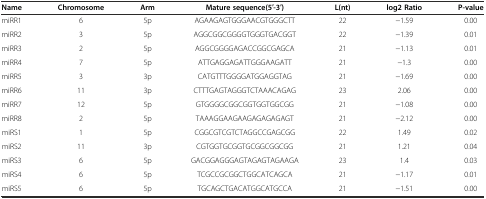
| Name | Chromosome | Arm | Mature sequence(5′-3′) | L(nt) | log2 Ratio | P-value |
 | --- | --- | --- | --- | --- | --- | --- |
 | miRR1 | 6 | 5p | AGAAGAGTGGGAACGTGGGCTT | 22 | -1.59 | 0.00 |
 | miRR2 | 3 | 5p | AGGCGGCGGGGTGGGTGACGGT | 22 | -1.39 | 0.01 |
 | miRR3 | 2 | 5p | AGGCGGGGAGACCGGCGAGCA | 21 | -1.13 | 0.01 |
 | miRR4 | 7 | 5p | ATTGAGGAGATTGGGAAGATT | 21 | -1.3 | 0.00 |
 | miRR5 | 3 | 3p | CATGTTTGGGGATGGAGGTAG | 21 | -1.69 | 0.00 |
 | miRR6 | 11 | 3p | CTTTGAGTAGGGTCTAAACAGAG | 23 | 2.06 | 0.00 |
 | miRR7 | 12 | 5p | GTGGGGCGGCGGTGGTGGCGG | 21 | -1.08 | 0.00 |
 | miRR8 | 2 | 5p | TAAAGGAAGAAGAGAGAGAGT | 21 | -2.12 | 0.00 |
 | miRS1 | 1 | 5p | CGGCGTCGTCTAGGCCGAGCGG | 22 | 1.49 | 0.02 |
 | miRS2 | 11 | 3p | CGTGGTGCGGTGCGGCGGCGG | 21 | 1.21 | 0.04 |
 | miRS3 | 6 | 5p | GACGGAGGGAGTAGAGTAGAAGA | 23 | 1.4 | 0.03 |
 | miRS4 | 6 | 5p | TCGCCGCGGCTGGCATCAGCA | 21 | -1.17 | 0.01 |
 | miRS5 | 6 | 5p | TGCAGCTGACATGGCATGCCA | 21 | -1.51 | 0.00 |